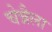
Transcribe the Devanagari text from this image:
चेन्नैला